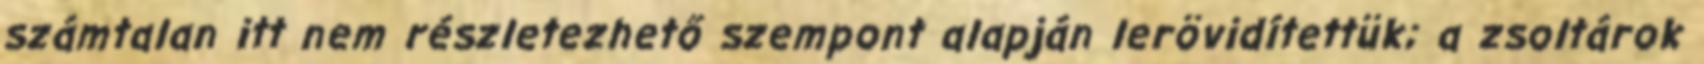
számtalan itt nem részletezhető szempont alapján lerövidítettük; a zsoltárok